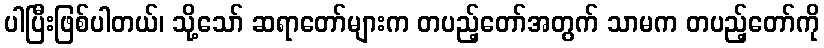
ပါပြီးဖြစ်ပါတယ်၊ သို့သော် ဆရာတော်များက တပည့်တော်အတွက် သာမက တပည့်တော်ကို